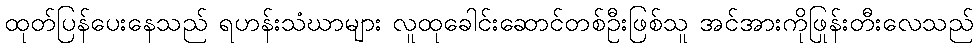
ထုတ်ပြန်ပေးနေသည် ရဟန်းသံဃာများ လူထုခေါင်းဆောင်တစ်ဦးဖြစ်သူ အင်အားကိုဖြုန်းတီးလေသည်